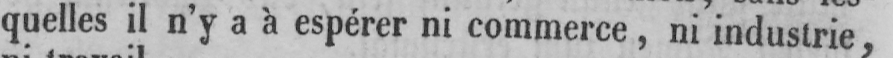
quelles il n’y a à espérer ni commerce, ni industrie